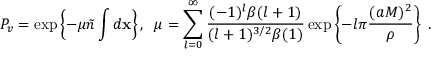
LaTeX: P _ { v } = \exp \left\{ - \mu \tilde { n } \int d { \bf x } \right\} , \; \; \mu = \sum _ { l = 0 } ^ { \infty } \frac { ( - 1 ) ^ { l } \beta ( l + 1 ) } { ( l + 1 ) ^ { 3 / 2 } \beta ( 1 ) } \exp \left\{ - l \pi \frac { ( a M ) ^ { 2 } } { \rho } \right\} \; .